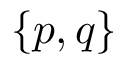
\{ p , q \}